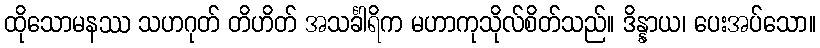
ထိုသောမနဿ သဟဂုတ် တိဟိတ် အသင်္ခါရိက မဟာကုသိုလ်စိတ်သည်။ ဒိန္နာယ၊ ပေးအပ်သော။